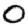
Digit: 0